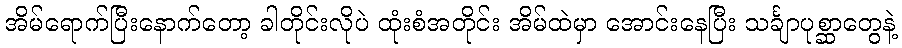
အိမ်ရောက်ပြီးနောက်တော့ ခါတိုင်းလိုပဲ ထုံးစံအတိုင်း အိမ်ထဲမှာ အောင်းနေပြီး သင်္ချာပုစ္ဆာတွေနဲ့